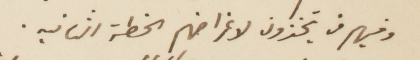
وفيهم من يتخذون لاغراضهم الخطة الثانيه.